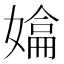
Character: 𭒚